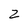
Character: z